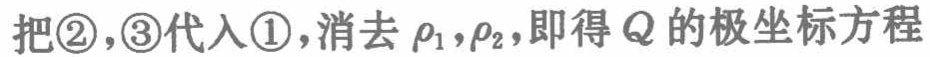
把\textcircled{2},\textcircled{3}代入\textcircled{1},消去\(\rho_1,\rho_2\),即得\(Q\)的极坐标方程